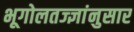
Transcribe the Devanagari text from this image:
भूगोलतज्ज्ञांनुसार